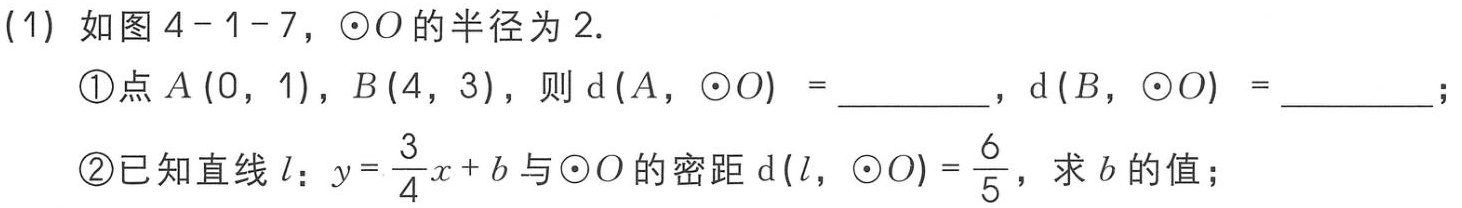
(1) 如图 \(4 - 1 - 7\)，\(\odot O\) 的半径为 \(2\).

\textcircled{1}点 \(A(0,1)\)，\(B(4,3)\)，则 \(\mathrm{d}(A,\odot O)=\underline{\quad\quad}\)，\(\mathrm{d}(B,\odot O)=\underline{\quad\quad}\)；

\textcircled{2}已知直线 \(l:y = \frac{3}{4}x + b\) 与 \(\odot O\) 的密距 \(\mathrm{d}(l,\odot O)=\frac{6}{5}\)，求 \(b\) 的值；